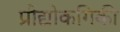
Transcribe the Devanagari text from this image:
प्रौद्योकगिकी